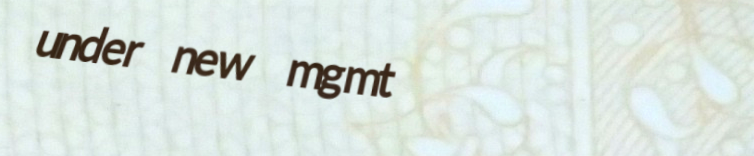
under new mgmt